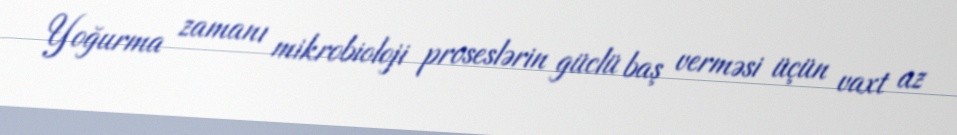
Yoğurma zamanı mikrobioloji proseslərin güclü baş verməsi üçün vaxt az